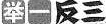
举一反三